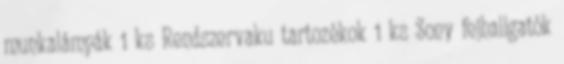
munkalámpák 1 ks Rendszervaku tartozékok 1 ks Sony fejhallgatók